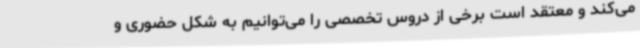
می‌کند و معتقد است برخی از دروس تخصصی را می‌توانیم به شکل حضوری و